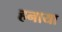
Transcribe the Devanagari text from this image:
हनाया